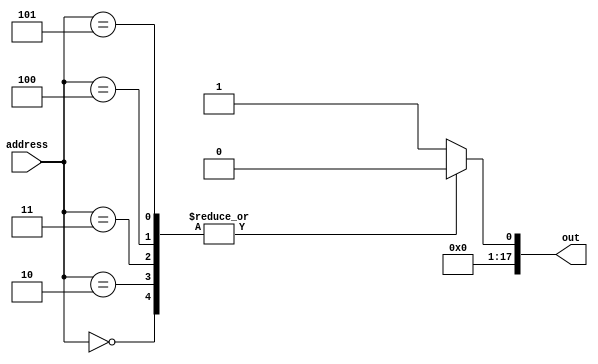
module memory(out, address);
    output [17:0] out;
    input [7:0] address;
    reg [17:0] out;

    always @(address)
    begin
        case(address)
            8'd0: out <= 1'b010000100001000000;
            8'd1: out <= 1'b000010000001001001;
            8'd2: out <= 1'b000000100100100000;
            8'd3: out <= 1'b000000000011001100;
            8'd4: out <= 1'b010001000000000000;
            8'd5: out <= 1'b010000000001000100;
            default: out <= 1'b000000000111111111;
        endcase
    end
endmodule